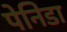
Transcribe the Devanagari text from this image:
पेनिडा